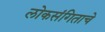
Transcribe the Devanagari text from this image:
लोकसंगिताचे